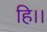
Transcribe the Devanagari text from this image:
हि।।